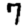
Digit: 7